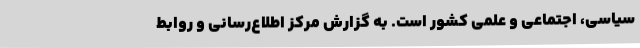
سیاسی، اجتماعی و علمی کشور است. به گزارش مرکز اطلاع‌رسانی و روابط